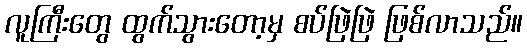
လူကြီးတွေ ထွက်သွားတော့မှ စပ်ဖြဲဖြဲ ဖြစ်လာသည်။